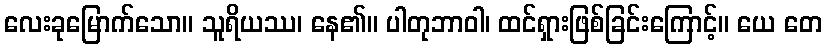
လေးခုမြောက်သော။ သူရိယဿ၊ နေ၏။ ပါတုဘာဝါ၊ ထင်ရှားဖြစ်ခြင်းကြောင့်။ ယေ တေ